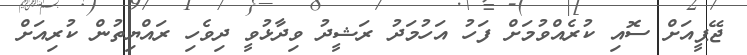
ޖޭޕީއަށް ސޮއި ކުރެއްވުމަށް ފަހު އަހުމަދު ރަޝީދު ވިދާޅުވީ ދިވެހި ރައްޔިތުން ކުރިއަށް